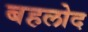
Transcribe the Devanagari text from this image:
बहलोद